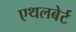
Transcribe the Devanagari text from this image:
एथलबेर्ट